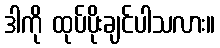
ဒါကို ထုပ်ပိုးချင်ပါသလား။